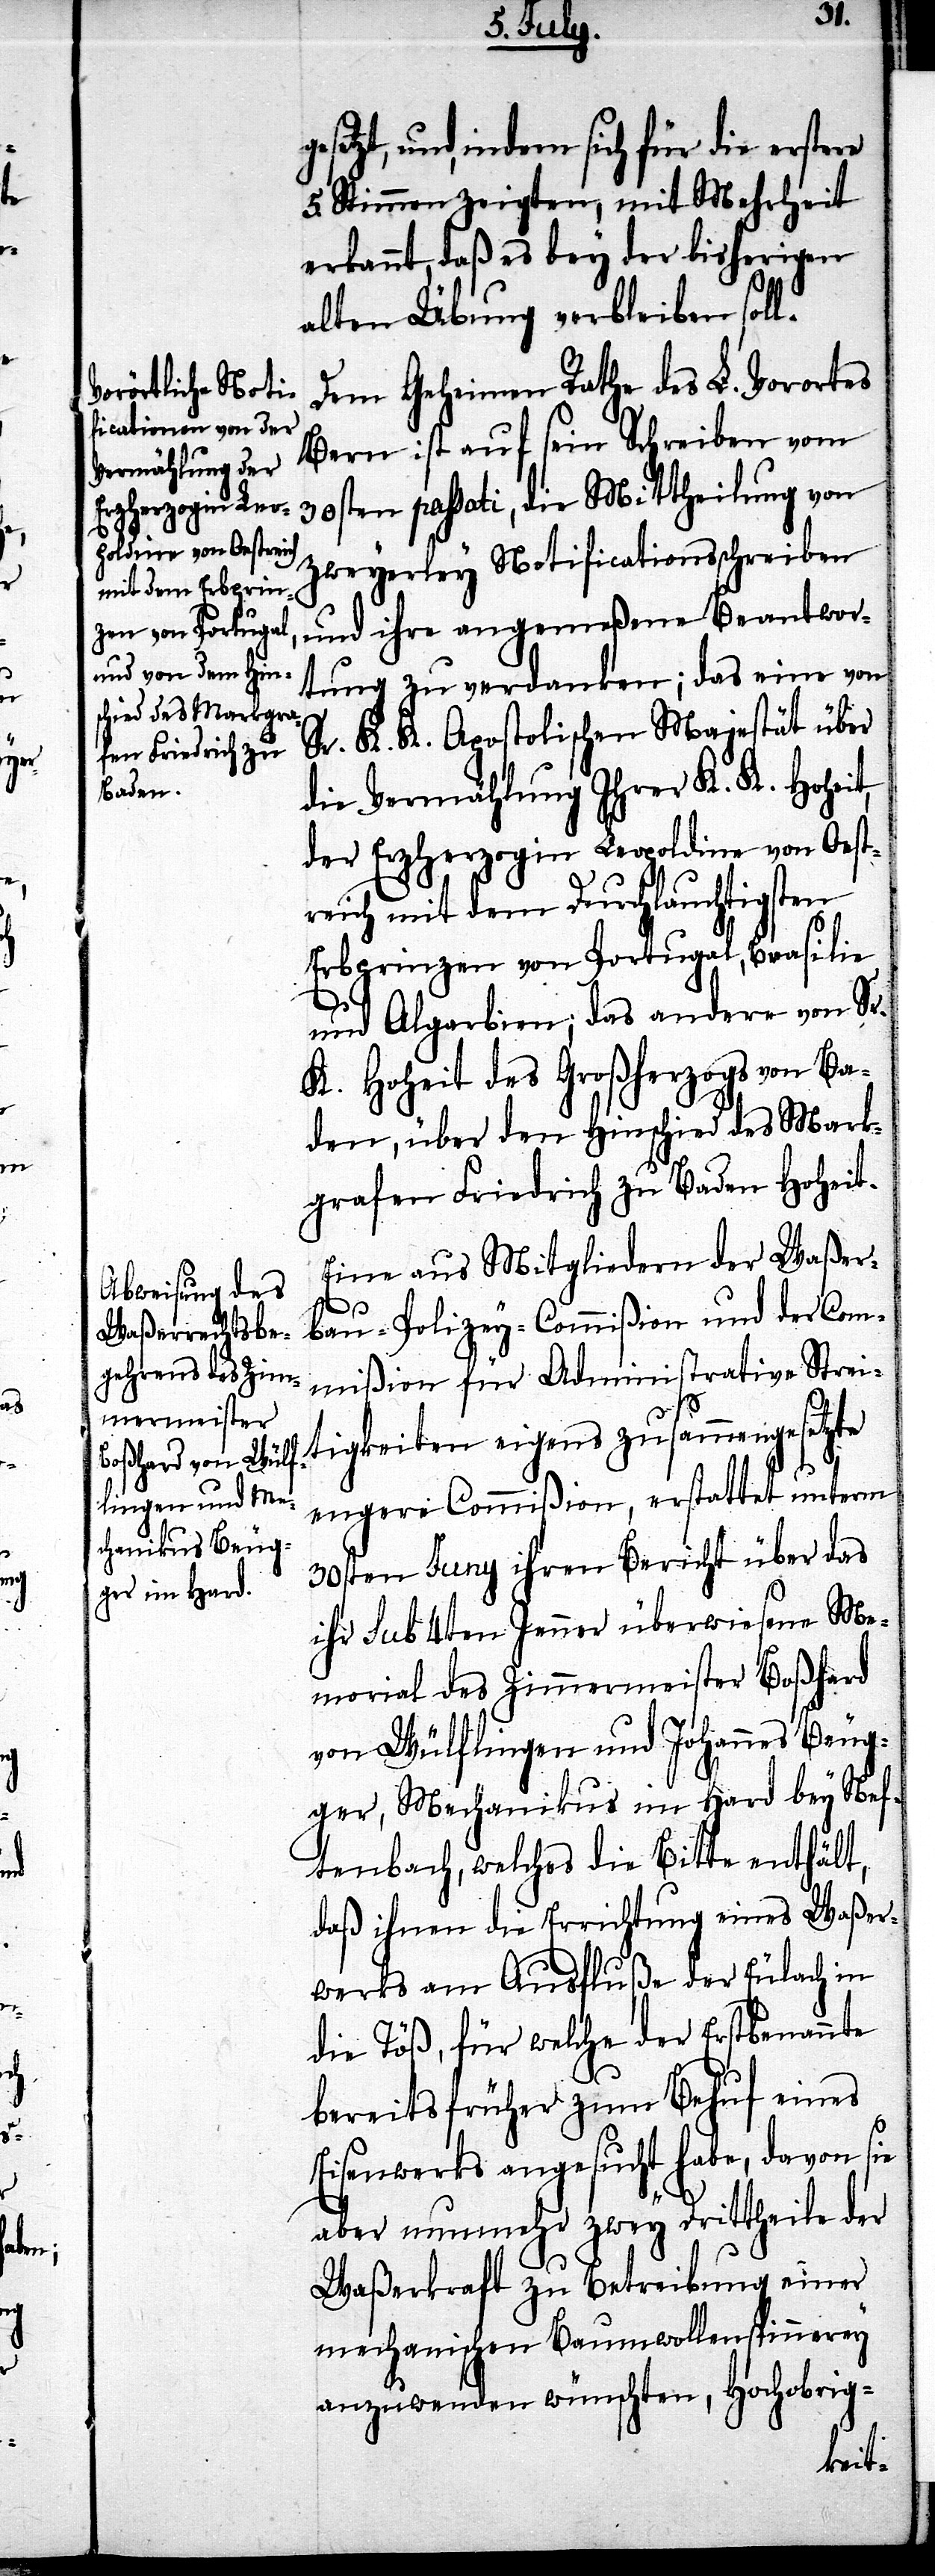
ge¬

setzt, und, indem sich für die erstere
5. Stimmen zeigten, mit Mehrheit
erkannt, daß es bey der bisherigen
alten Übung verbleiben soll.
Dem Geheimen Rathe des L. Vorortes
Bern ist auf sein Schreiben vom
30sten passati, die Mittheilung von
zweyerley Notificationsschreiben
und ihre angemeßene Beantwor¬
tung zu verdanken; das eine von
Sr. K. K. Apostolischen Majestät über
die Vermählung Ihrer K. K. Hoheit,
der Erzherzogin Leopoldine von Oest¬
reich mit dem Durchlauchtigsten
Erbprinzen von Portugal, Brasilie
und Algarbien; das andere von Sr.
K. Hoheit des Großherzogs von Ba¬
den, über den Hinschied des Mark¬
grafen Friedrich zu Baden Hoheit.
Eine aus Mitgliedern der Waßer¬
bau-Polizey-Commißion und der Com¬
mißion für Administrative Strei¬
tigkeiten eigens zusammengesetzte
engere Commißion, erstattet unterm
30sten Juny ihren Bericht über das
ihr sub 4ten Jenner überwiesene Me¬
morial des Zimmermeister Boßhard
von Wülflingen und Johannes Beug¬
ger, Mechanikus im Hard bey Nef¬
fenbach, welches die Bitte enthält,
daß ihnen die Errichtung eines Waßer¬
werks am Ausfluße der Eulach in
die Töß, für welche der Erstbenannte
bereits früher zum Behuf eines
Eisenwerks angesucht habe, davon sie
aber nunmehr zwey Drittheile der
Waßerkraft zu Betreibung einer
mechanischen Baumwollenspinnerey
anzuwenden wünschten, Hochobrig-